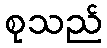
စုသည်